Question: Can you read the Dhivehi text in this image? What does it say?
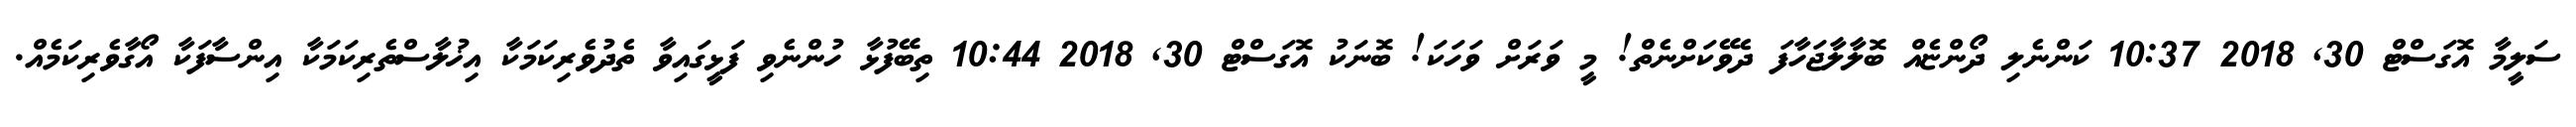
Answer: ސަލީމާ އޮގަސްޓް 30, 2018 10:37 ކަންނެލި ދޯންޏެއް ބޮލާލާޖަހާފަ ދެވޭކަށްނެތް! މީ ވަރަށް ވަހަކަ! ބޮނަކު އޮގަސްޓް 30, 2018 10:44 ތިބޭފުޅާ ހުންނެވި ފަޅީގައިވާ ތެދުވެރިކަމަކާ އިޚުލާސްތެރިކަމަކާ އިންސާފަކާ އޯގާވެރިކަމެއް.